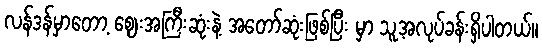
လန်ဒန်မှာတော့ ဈေးအကြီးဆုံးနဲ့ အတော်ဆုံးဖြစ်ပြီး မှာ သူ့အလုပ်ခန်းရှိပါတယ်။